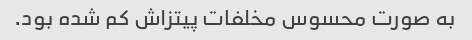
به صورت محسوس مخلفات پیتزاش کم شده بود.